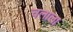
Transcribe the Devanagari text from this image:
चलाला